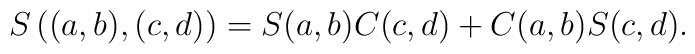
S\left((a,b),(c,d)\right)=S(a,b) C(c,d)+C(a,b) S(c,d).